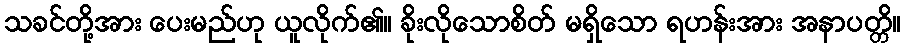
သခင်တို့အား ပေးမည်ဟု ယူလိုက်၏။ ခိုးလိုသောစိတ် မရှိသော ရဟန်းအား အနာပတ္တိ။